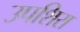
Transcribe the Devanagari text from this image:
उपशिरा